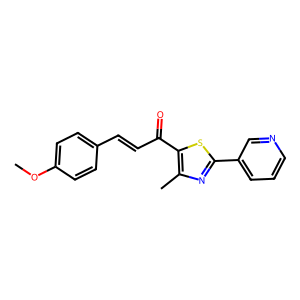
SMILES: COc1ccc(C=CC(=O)c2sc(-c3cccnc3)nc2C)cc1
Inhibits HIV replication: No